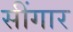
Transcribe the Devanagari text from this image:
सींगार